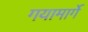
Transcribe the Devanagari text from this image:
गयामार्गे